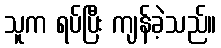
သူက ရပ်ပြီး ကျန်ခဲ့သည်။